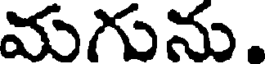
మగును.